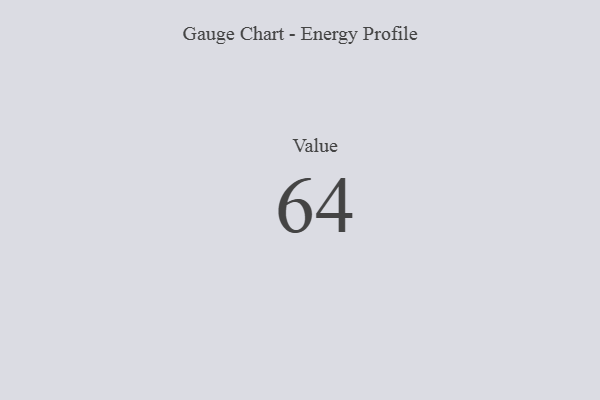
{"axis": {"x": "Metric", "y": "Value"}, "legend": [""], "data": [{"x": "Value", "y": 64, "type": ""}]}